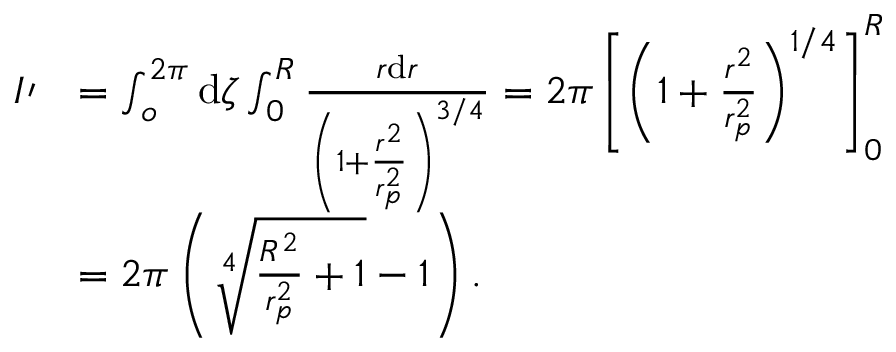
\begin{array} { r l } { I \prime } & { = \int _ { o } ^ { 2 \pi } \mathrm { d } \zeta \int _ { 0 } ^ { R } \frac { r \mathrm { d } r } { \left( 1 + \frac { r ^ { 2 } } { r _ { p } ^ { 2 } } \right) ^ { 3 / 4 } } = 2 \pi \left[ \left( 1 + \frac { r ^ { 2 } } { r _ { p } ^ { 2 } } \right) ^ { 1 / 4 } \right] _ { 0 } ^ { R } } \\ & { = 2 \pi \left( \sqrt [ 4 ] { \frac { R ^ { 2 } } { r _ { p } ^ { 2 } } + 1 } - 1 \right) . } \end{array}